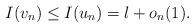
LaTeX: \begin{align*} I(v_n)\leq I(u_n)=l+o_n(1). \end{align*}